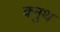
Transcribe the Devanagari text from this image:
क्नुथ